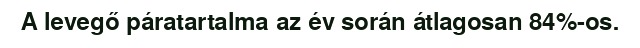
A levegő páratartalma az év során átlagosan 84%-os.